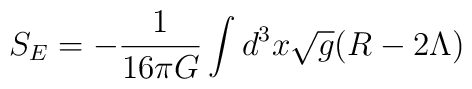
S_E=-\frac{1}{16\pi G}\int d^3 x\sqrt{g}(R-2\Lambda)